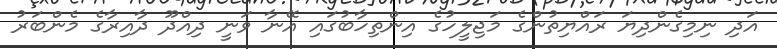
އަދި ނިމިގެންދިޔަ ރައްޔިތުންގެ މަޖިލީހުގެ އިންތިހާބުގައި އޭނާ ވަނީ ދިއްދޫ ދާއިރާގެ މެންބަރު